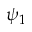
\psi _ { 1 }